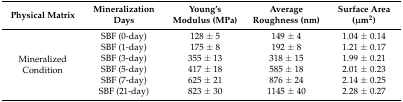
<table><thead><tr><td><b>Physical Matrix</b></td><td><b>Mineralization Days</b></td><td><b>Young’s Modulus (MPa)</b></td><td><b>Average Roughness (nm)</b></td><td><b>Surface Area (μm<sup>2</sup>)</b></td></tr></thead><tbody><tr><td rowspan="6">Mineralized Condition</td><td>SBF (0-day)</td><td>128 ± 5</td><td>149 ± 4</td><td>1.04 ± 0.14</td></tr><tr><td>SBF (1-day)</td><td>175 ± 8</td><td>192 ± 8</td><td>1.21 ± 0.17</td></tr><tr><td>SBF (3-day)</td><td>355 ± 13</td><td>318 ± 15</td><td>1.99 ± 0.21</td></tr><tr><td>SBF (5-day)</td><td>417 ± 18</td><td>585 ± 18</td><td>2.01 ± 0.23</td></tr><tr><td>SBF (7-day)</td><td>625 ± 21</td><td>876 ± 24</td><td>2.14 ± 0.25</td></tr><tr><td>SBF (21-day)</td><td>823 ± 30</td><td>1145 ± 40</td><td>2.28 ± 0.27</td></tr></tbody></table>